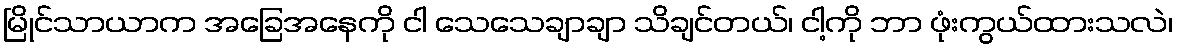
မြိုင်သာယာက အခြေအနေကို ငါ သေသေချာချာ သိချင်တယ်၊ ငါ့ကို ဘာ ဖုံးကွယ်ထားသလဲ၊